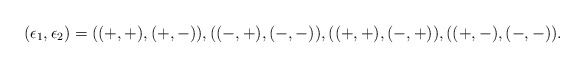
\begin{align*}(\epsilon_1, \epsilon_2) = ((+, +), (+, -)), ((-, +), (-, -)), ((+, +), (-, +)), ((+, -), (-, -)).\end{align*}